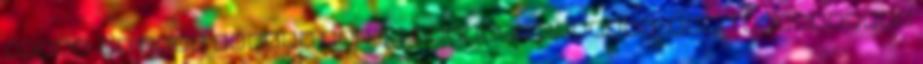
ellen. Én csak annyit tudok Önöknek mondani, hogy növényeink